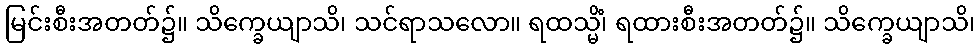
မြင်းစီးအတတ်၌။ သိက္ခေယျာသိ၊ သင်ရာသလော။ ရထသ္မိံ၊ ရထားစီးအတတ်၌။ သိက္ခေယျာသိ၊